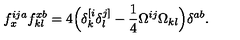
f _ { x } ^ { i j a } f _ { k l } ^ { x b } = 4 \Big ( \delta _ { k } ^ { [ i } \delta _ { l } ^ { j ] } - \frac { 1 } { 4 } \Omega ^ { i j } \Omega _ { k l } \Big ) \delta ^ { a b } .